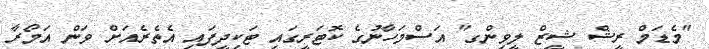
"މެޑަމް ރީޝް ޝީޒް ލީވިންގ" އަސްމަހާނުގެ ކޮޓަރީގައި ޓަކިދީފައި އެތެރެއަށް ވަން އަމޯރާ